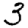
Digit: 3